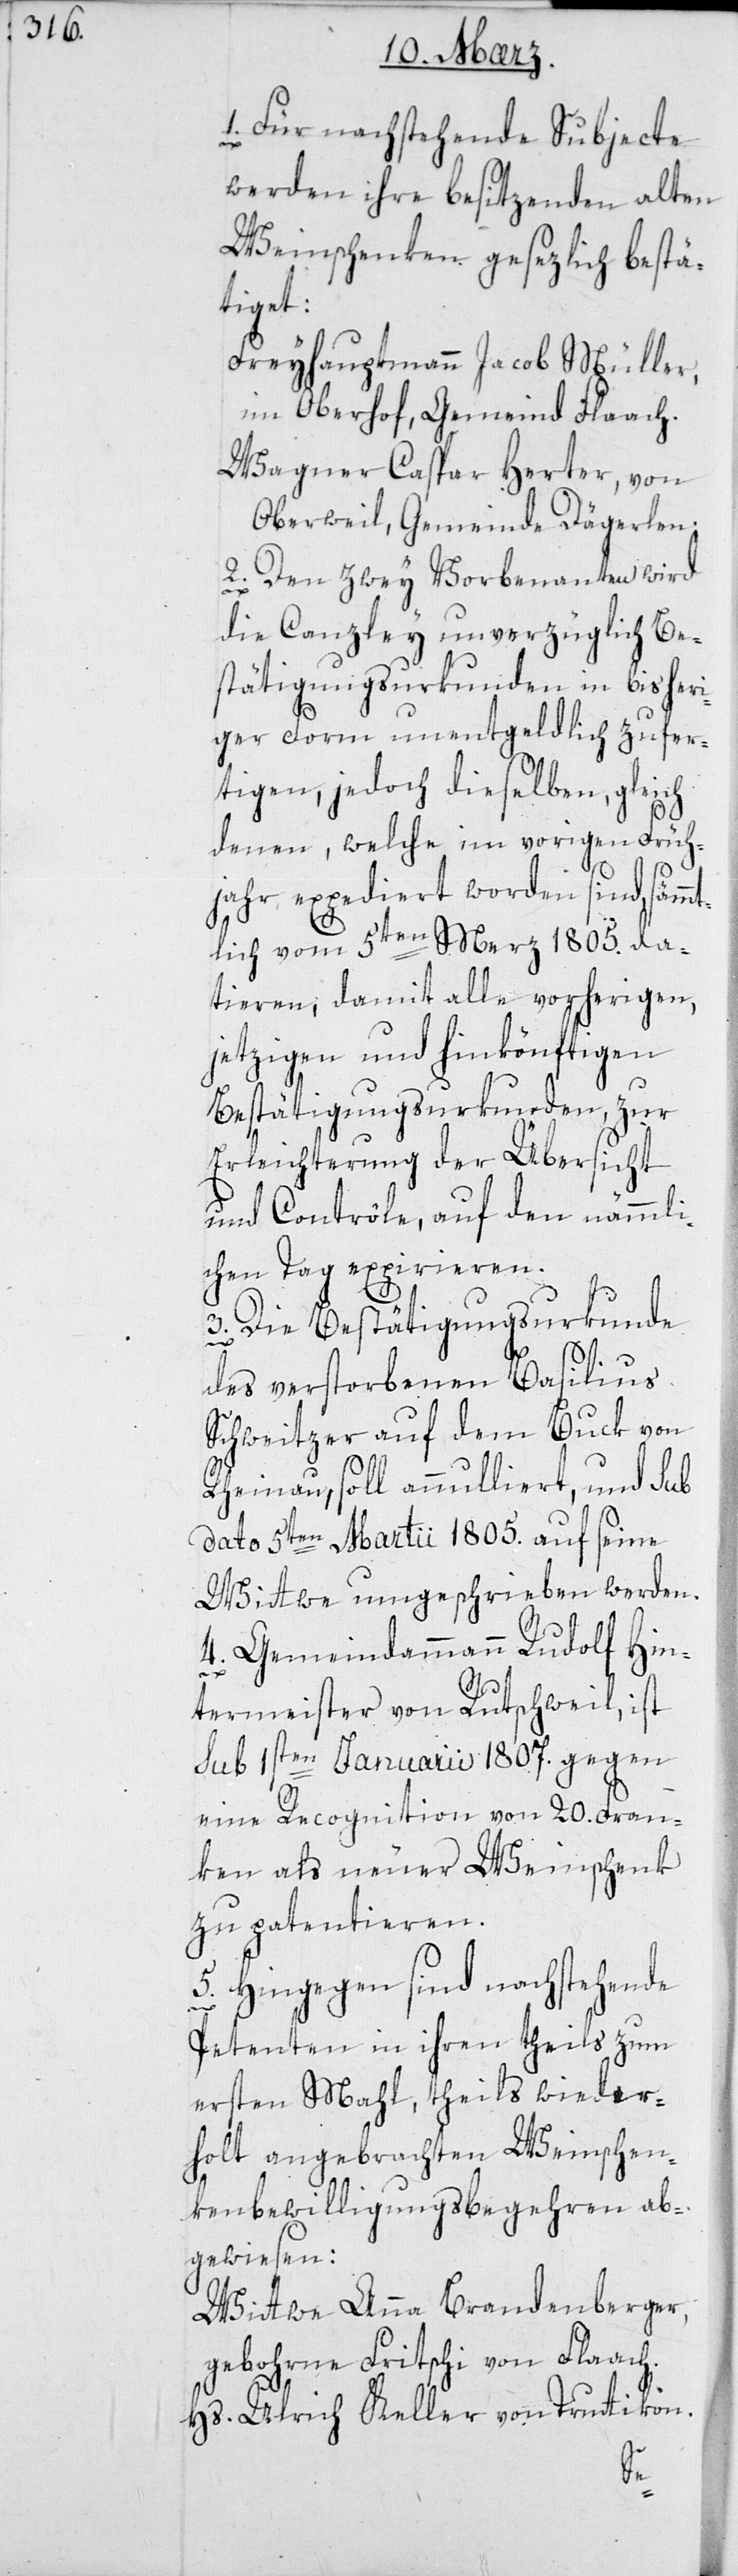
1. Für nachstehende Subjecte
werden ihre besitzenden alten
Weinschenken gesetzlich bestä¬
tiget:
Freihauptmann Jacob Müller,
im Oberhof, Gemeind Flaach.
Wagner Caspar Herter von
Oberwil, Gemeinde Dägerlen.
2. Den zwey Vorbenannten wird
die Canzley unverzüglich Be¬
stätigungsurkunden in bisheri¬
ger Form unentgeldlich zufer¬
tigen, jedoch dieselben, gleich
denen, welche im vorigen Früh¬
jahr expediert worden sind, sämm¬
tlich vom 5ten Merz 1805. da¬
tieren; damit alle vorherigen,
jetzigen und hinkönftigen
Bestätigungsurkunden, zur
Erleichterung der Übersicht
und Contrôle, auf den nämmli¬
chen Tag expirieren.
3. Die Bestätigungsurkunde
des verstorbenen Basilius
Schweitzer auf dem Buck von
Rheinau, soll annulliert und sub
dato 5ten Martii 1805. auf seine
Wittwe umgeschrieben werden.
4. Gemeindammann Rudolf Hin¬
termeister von Rutschwil ist
sub 1sten Januarii 1807. gegen
eine Recognition von 20. Fran¬
ken als neuer Weinschenk
zu patentieren.
5. Hingegen sind nachstehende
Petenten in ihren theils zum
ersten Mahl, theils wieder¬
holt angebrachten Weinschen¬
kenbewilligungsbegehren ab¬
gewiesen:
Wittwe Anna Brandenberger,
geborne Fritschi von Flaach.
Hs. Ulrich Keller von Truttikon.